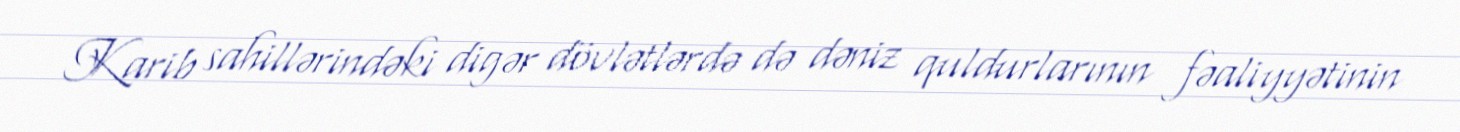
Karib sahillərindəki digər dövlətlərdə də dəniz quldurlarının fəaliyyətinin